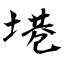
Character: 塂